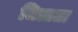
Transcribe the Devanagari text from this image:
जिताता